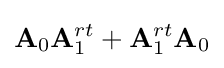
\mathbf {A} _{0}\mathbf {A} _{1}^{rt}+\mathbf {A} _{1}^{rt}\mathbf {A} _{0}